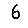
Digit: 6